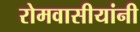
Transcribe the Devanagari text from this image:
रोमवासीयांनी